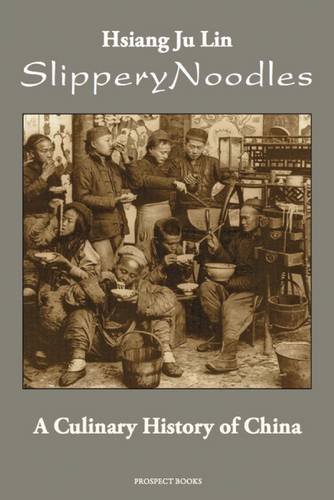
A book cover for Slippery Noodles; Hsiang Ju Lin; Cookbooks, Food & Wine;